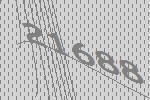
21688